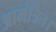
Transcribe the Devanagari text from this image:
आमंत्रित।